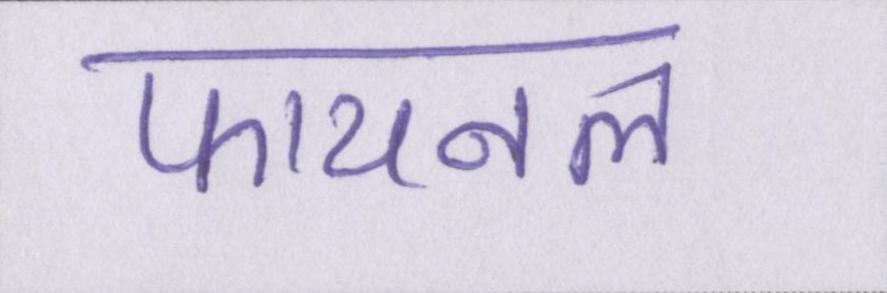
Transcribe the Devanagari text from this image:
फायनल